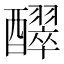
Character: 𮡊